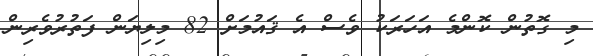
މި ގޮތުން ކޮންމެ އަހަރަކު ވެސް އެ ޤައުމަށް 82 މިލިޔަން ފަތުރުވެރިން